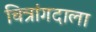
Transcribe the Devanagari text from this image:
चित्रांगदाला